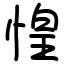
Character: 惶